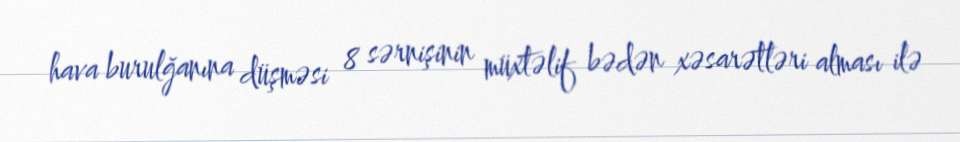
hava burulğanına düşməsi 8 sərnişinin müxtəlif bədən xəsarətləri alması ilə